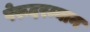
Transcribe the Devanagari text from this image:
पेरूदरम्यान